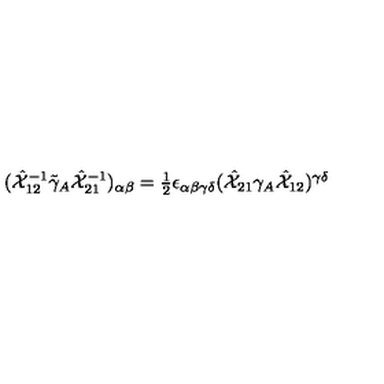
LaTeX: ( \hat { { \cal X } } _ { 1 2 } ^ { - 1 } \tilde { \gamma } _ { A } \hat { { \cal X } } _ { 2 1 } ^ { - 1 } ) _ { \alpha \beta } = \textstyle { \frac { 1 } { 2 } } \epsilon _ { \alpha \beta \gamma \delta } ( \hat { { \cal X } } _ { 2 1 } \gamma _ { A } \hat { { \cal X } } _ { 1 2 } ) ^ { \gamma \delta }